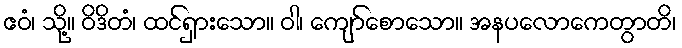
ဧဝံ၊ သို့။ ဝိဒိတံ၊ ထင်ရှားသော။ ဝါ၊ ကျော်စောသော။ အနပလောကေတွာတိ၊